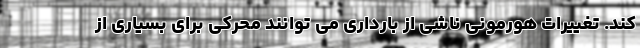
کند. تغییرات هورمونی ناشی از بارداری می توانند محرکی برای بسیاری از